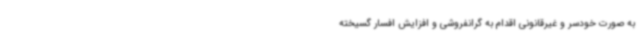
به صورت خودسر و غیرقانونی اقدام به گرانفروشی و افزایش افسار گسیخته